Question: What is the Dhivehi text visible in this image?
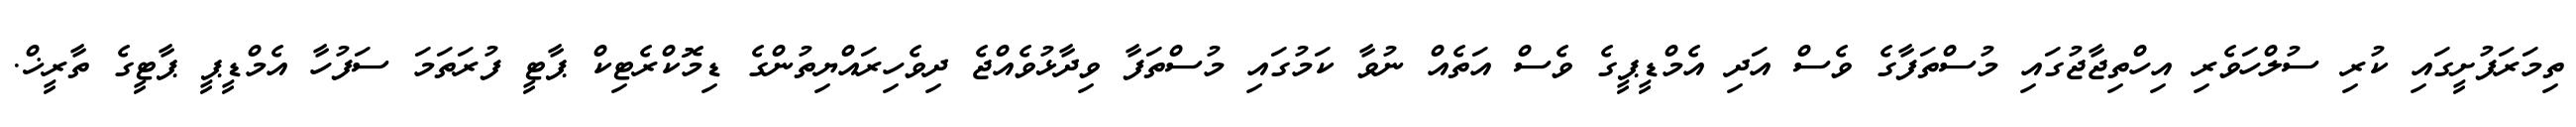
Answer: ތިމަރަފުށީގައި ކުރި ސުލްހަވެރި އިހްތިޖާޖުގައި މުސްތަފާގެ ވެސް އަދި އެމްޑީޕީގެ ވެސް އަތެއް ނުވާ ކަމުގައި މުސްތަފާ ވިދާޅުވެއްޖެ ދިވެހިރައްޔިތުންގެ ޑިމޮކްރެޓިކް ޕާޓީ ފުރަތަމަ ސަފުހާ އެމްޑީޕީ ޕާޓީގެ ތާރީޚް.